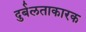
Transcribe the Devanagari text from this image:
दुर्बलताकारक